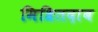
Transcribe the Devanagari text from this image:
मिश्रितदाब